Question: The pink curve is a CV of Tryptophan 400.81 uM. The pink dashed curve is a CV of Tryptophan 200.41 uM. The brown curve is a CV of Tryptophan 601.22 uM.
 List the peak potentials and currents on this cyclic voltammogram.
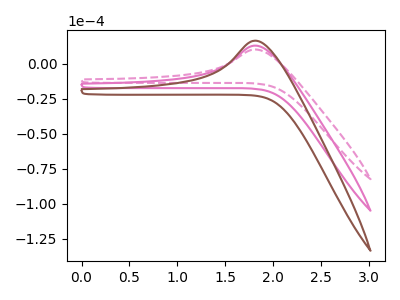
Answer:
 <answer>The pink curve "Tryptophan 400.81 uM" has an anodic peak at: (1.80V, 12.95uA). The pink dashed curve "Tryptophan 200.41 uM" has an anodic peak at: (1.80V, 10.15uA). The brown curve "Tryptophan 601.22 uM" has an anodic peak at: (1.80V, 25.90uA).</answer>
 <eval></eval>